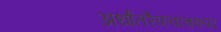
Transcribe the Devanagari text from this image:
अर्धांतरैकवाचकपद